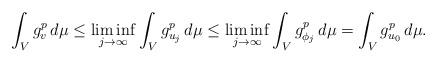
LaTeX: \begin{align*} \int_V g_{v}^p \, d\mu \le \liminf _{j\to \infty }\int_V g_{u_j}^p \,d\mu \le \liminf _{j\to \infty }\int_V g_{\phi_j}^p \,d\mu = \int_V g_{u_0}^p \,d\mu.\end{align*}